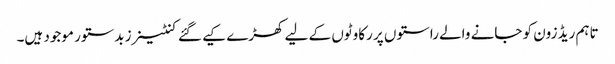
تاہم ریڈ زون کو جانے والے راستوں پر رکاوٹوں کے لیے کھڑے کیے گئے کنٹینرز بدستور موجود ہیں۔